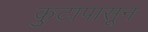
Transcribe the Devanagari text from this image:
कुटापासून